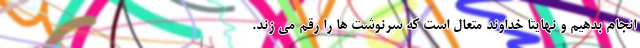
انجام بدهیم و نهایتا خداوند متعال است که سرنوشت ها را رقم می زند.